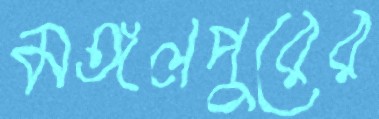
মঙ্গলপুরের